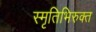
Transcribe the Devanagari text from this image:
स्मृतिभिरुक्त